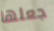
جعلها